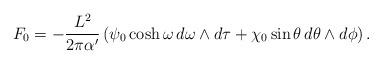
LaTeX: \begin{align*}F_0 = -\frac{L^2}{2\pi\alpha'}\left(\psi_0\cosh\omega\,d\omega\wedge d\tau + \chi_0\sin\theta\,d\theta\wedge d\phi\right).\end{align*}